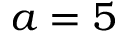
a = 5